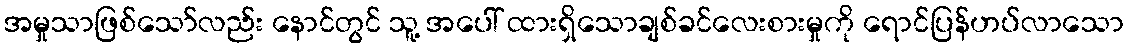
အမှုသာဖြစ်သော်လည်း နောင်တွင် သူ့ အပေါ် ထားရှိသောချစ်ခင်လေးစားမှုကို ရောင်ပြန်ဟပ်လာသော